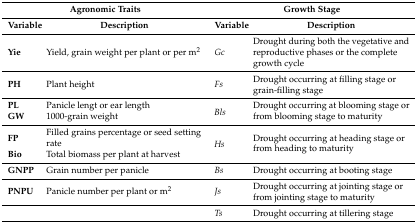
<table><thead><tr><td colspan="2"><b>Agronomic Traits</b></td><td colspan="2"><b>Growth Stage</b></td></tr><tr><td><b>Variable</b></td><td><b>Description</b></td><td><b>Variable</b></td><td><b>Description</b></td></tr></thead><tbody><tr><td><b>Yie</b></td><td>Yield, grain weight per plant or per m<sup>2</sup></td><td><i>Gc</i></td><td>Drought during both the vegetative and reproductive phases or the complete growth cycle</td></tr><tr><td><b>PH</b></td><td>Plant height</td><td><i>Fs</i></td><td>Drought occurring at filling stage or grain-filling stage</td></tr><tr><td><b>PL</b></td><td>Panicle lengt or ear length</td><td rowspan="2"><i>Bls</i></td><td rowspan="2">Drought occurring at blooming stage or from blooming stage to maturity</td></tr><tr><td><b>GW</b></td><td>1000-grain weight</td></tr><tr><td><b>FP</b></td><td>Filled grains percentage or seed setting rate</td><td rowspan="2"><i>Hs</i></td><td rowspan="2">Drought occurring at heading stage or from heading to maturity</td></tr><tr><td><b>Bio</b></td><td>Total biomass per plant at harvest</td></tr><tr><td><b>GNPP</b></td><td>Grain number per panicle</td><td><i>Bs</i></td><td>Drought occurring at booting stage</td></tr><tr><td><b>PNPU</b></td><td>Panicle number per plant or m<sup>2</sup></td><td><i>Js</i></td><td>Drought occurring at jointing stage or from jointing stage to maturity</td></tr><tr><td colspan="2"></td><td><i>Ts</i></td><td>Drought occurring at tillering stage</td></tr></tbody></table>